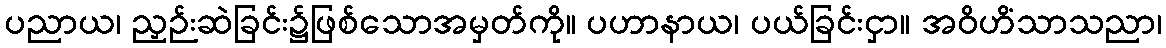
ပညာယ၊ ညှဉ်းဆဲခြင်း၌ဖြစ်သောအမှတ်ကို။ ပဟာနာယ၊ ပယ်ခြင်းငှာ။ အဝိဟိံသာသညာ၊